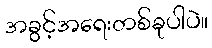
အခွင့်အရေးတစ်ခုပါပဲ။